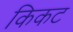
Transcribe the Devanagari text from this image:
किकट